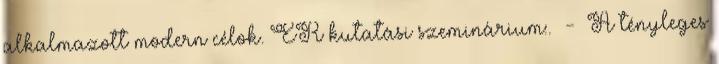
alkalmazott modern célok. ER kutatási szeminárium:. - A tényleges